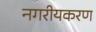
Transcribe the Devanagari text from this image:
नगरीयकरण